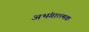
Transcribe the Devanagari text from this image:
अभंगात्त्मक